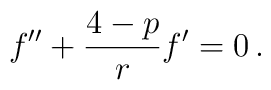
f'' + \frac{4-p}{r}f' = 0 \,.